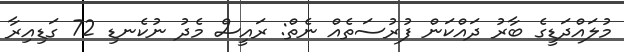
މުލައްދަޑީގެ ބާރު ދައްކަން ފުރުސަތެއް ނެތް: ރައީސް މެދު ނުކެނޑި 72 ގަޑިއިރާ